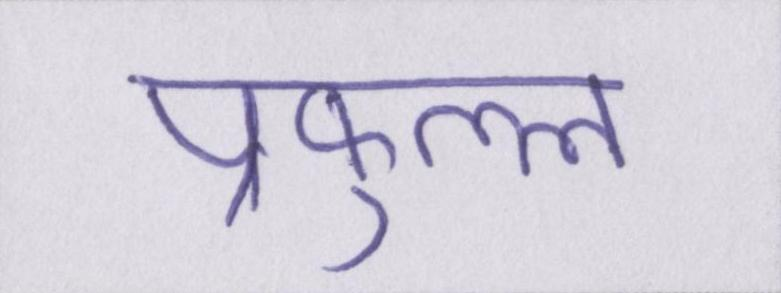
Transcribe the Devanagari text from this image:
प्रफुल्ल